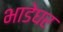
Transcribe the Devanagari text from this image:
भाडेघर